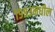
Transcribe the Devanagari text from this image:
१९९३मधील